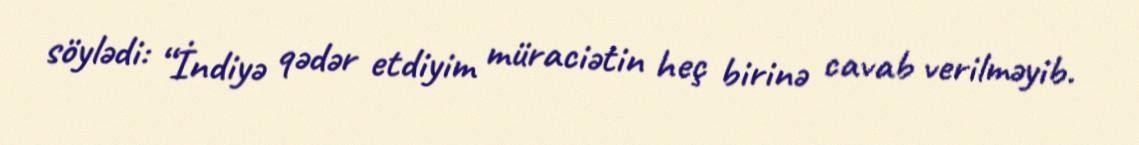
söylədi: “İndiyə qədər etdiyim müraciətin heç birinə cavab verilməyib.